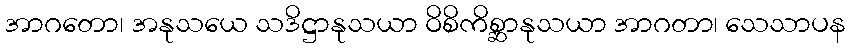
အာဂတော၊ အနုသယေ သဒိဋ္ဌာနုသယာ ဝိစိကိစ္ဆာနုသယာ အာဂတာ၊ သေသာပန